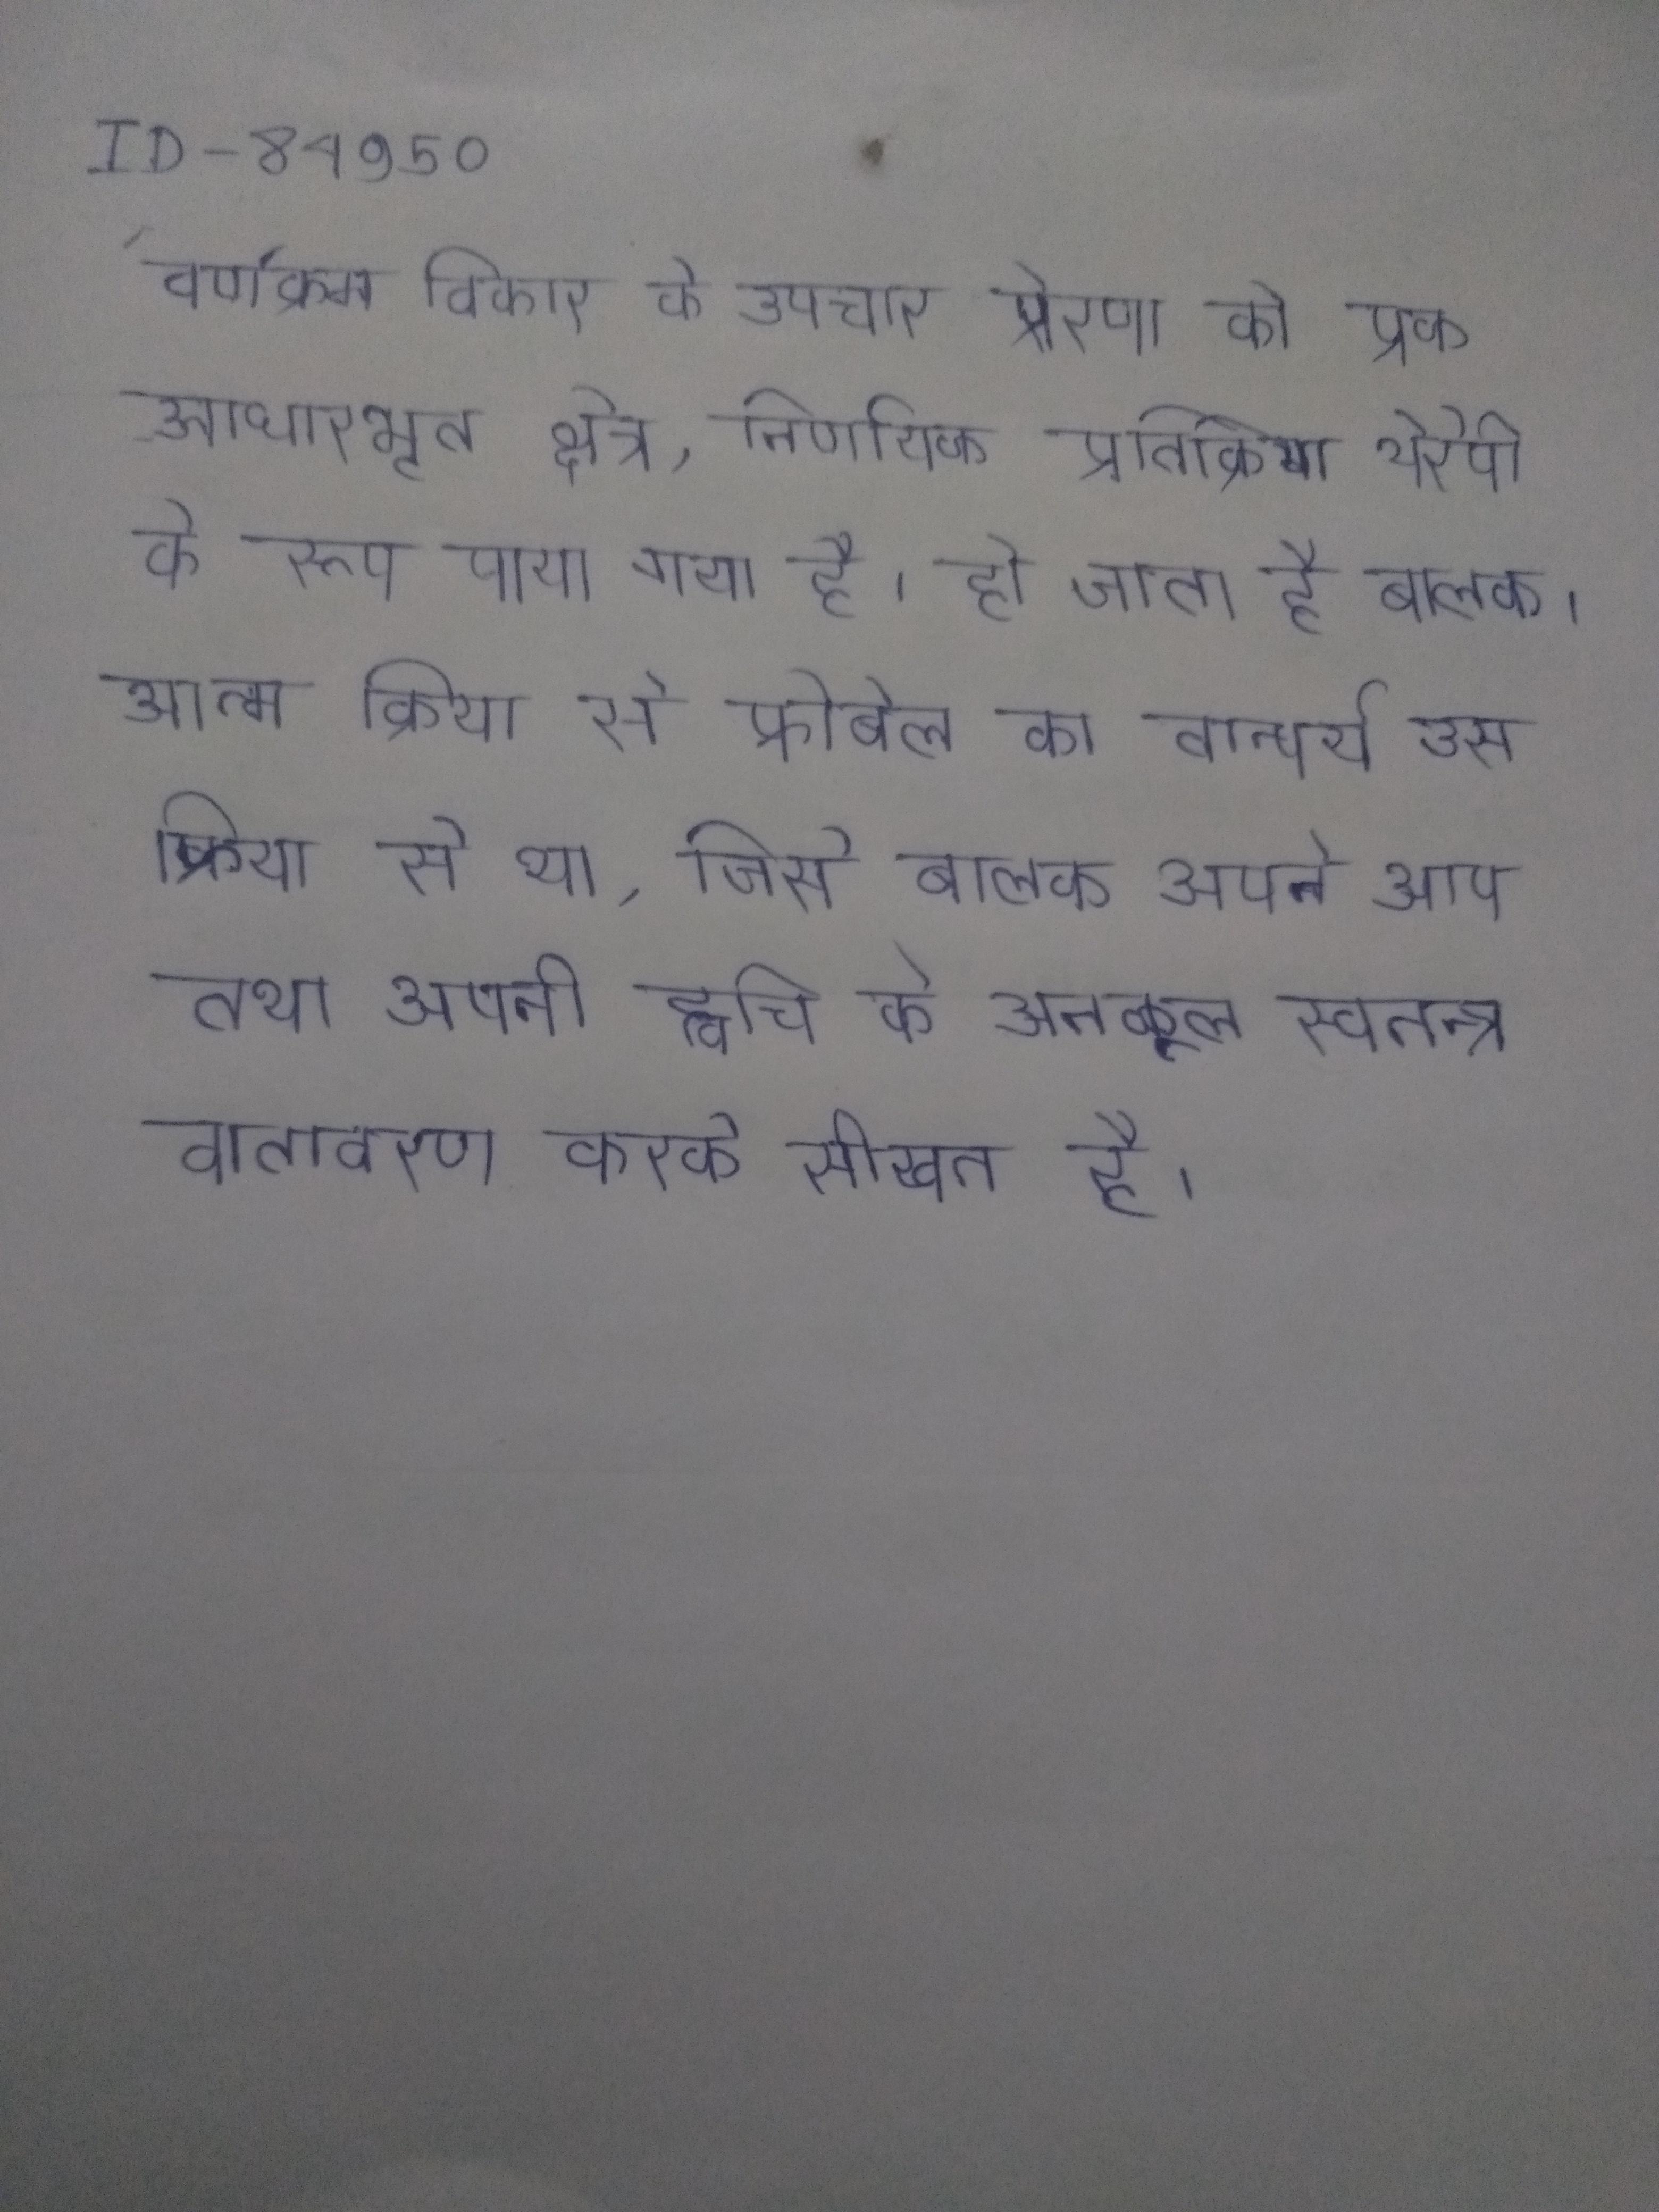
वर्णक्रम विकार के उपचार प्रेरणा को एक आधारभूत क्षेत्र, निर्णायक प्रतिक्रिया थेरेपी के रूप पाया गया है । हो जाता है बालक । आत्म क्रिया से फ्रोबेल का तात्पर्य उस क्रिया से था, जिसे बालक अपने आप तथा अपनी ह्वचि के अनकूल स्वतन्त्र वातावरण करके सीखता है ।